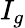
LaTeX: I_{g}